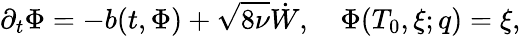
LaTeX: \partial_{t}\Phi=-b(t,\Phi)+\sqrt{8\nu}\dot{W},\quad\Phi(T_{0},\xi;q)=\xi,